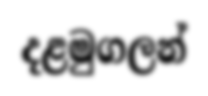
දළමුගලන්